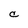
Character: C